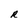
Character: R